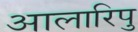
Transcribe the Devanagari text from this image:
आलारिपु